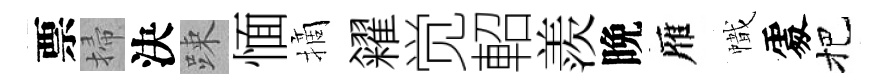
票掃決踈愐摘糴觉軺羨晩雁幟𠁅把